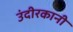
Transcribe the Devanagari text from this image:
उंदीरकानी